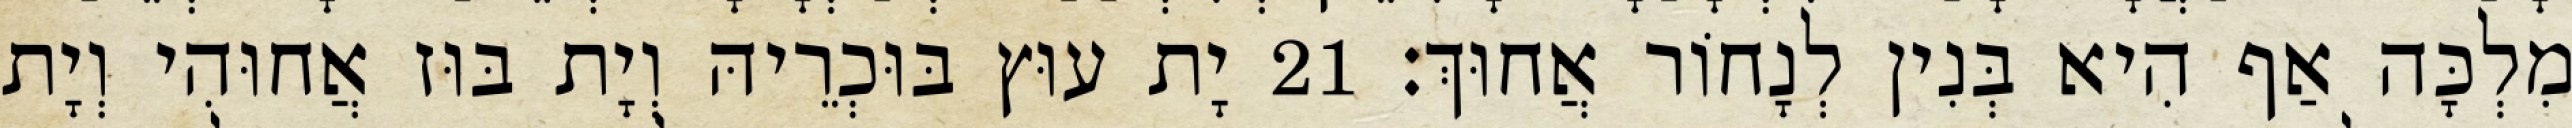
מִלְכָּה אַף הִיא בְּנִין לְנָחוֹר אֲחוּךְ׃ 21 יָת עוּץ בּוּכְרֵיהּ וְיָת בּוּז אֲחוּהִי וְיָת